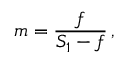
m = { \frac { f } { S _ { 1 } - f } } \, ,